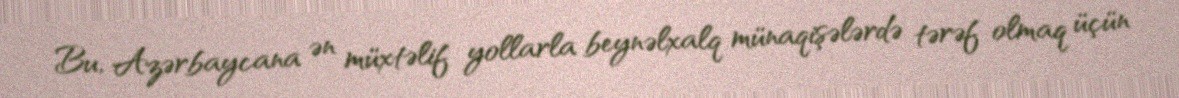
Bu, Azərbaycana ən müxtəlif yollarla beynəlxalq münaqişələrdə tərəf olmaq üçün